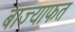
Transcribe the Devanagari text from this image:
बाज्याफत